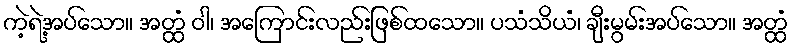
ကဲ့ရဲ့အပ်သော။ အတ္ထံ ဝါ၊ အကြောင်းလည်းဖြစ်ထသော။ ပသံသိယံ၊ ချီးမွမ်းအပ်သော။ အတ္ထံ